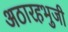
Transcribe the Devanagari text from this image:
अठारहभुजी